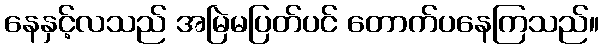
နေနှင့်လသည် အမြဲမပြတ်ပင် တောက်ပနေကြသည်။